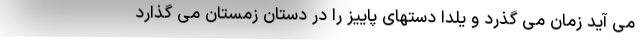
می آید زمان می گذرد و یلدا دستهای پاییز را در دستان زمستان می گذارد